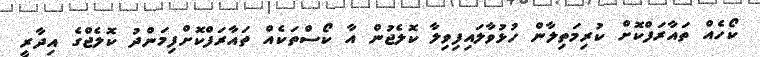
ކޯހެއް ތައާރަފްކޮށް ކުރިމަތިލާން ހުޅުވާލައިފިވިލާ ކޮލެޖުން އާ ކޯސްތަކެއް ތައާރަފްކޮށްފިމަންދު ކޮލެޖްގެ އިދާރީ